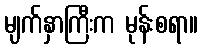
မျက်နှာကြီးက မုန်းစရာ။